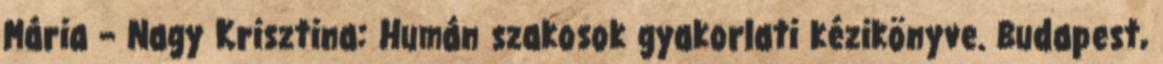
Mária – Nagy Krisztina: Humán szakosok gyakorlati kézikönyve. Budapest,